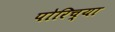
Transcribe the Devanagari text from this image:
पोरिच्या